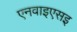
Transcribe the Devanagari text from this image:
एनवाइएसइ